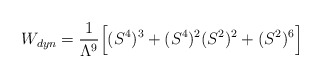
\begin{align*}W_{dyn}=\frac{1}{\Lambda^9}\Big[ (S^4)^3+(S^4)^2(S^2)^2+ (S^2)^6 \Big]\end{align*}